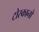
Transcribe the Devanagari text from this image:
टोस्कानो